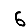
Digit: 6